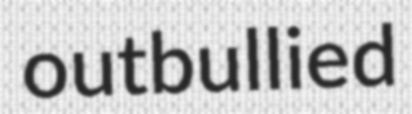
outbullied